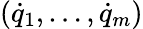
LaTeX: ({\dot{q}}_{1},\dots,{\dot{q}}_{m})